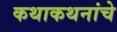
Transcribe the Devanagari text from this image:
कथाकथनांचे